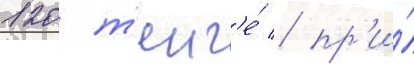
120 т'енг'е́ / пр'и́